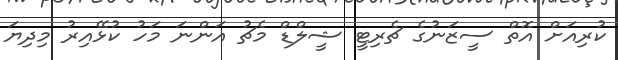
ކުރިއަށް އޮތް ސީޒަނުގެ ޗެރިޓީ ޝީލްޑް މެޗު އަންނަ މަހު ކުޅޭއިރު މިދިޔަ